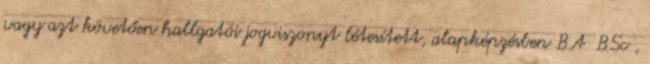
vagy azt követően hallgatói jogviszonyt létesített, alapképzésben BA BSc ,